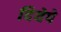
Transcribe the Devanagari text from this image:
दियेपे